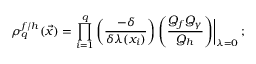
\rho _ { q } ^ { f { / } h } ( \vec { x } ) = \prod _ { i = 1 } ^ { q } \left( \frac { - \delta } { \delta \lambda ( x _ { i } ) } \right) \left( \frac { Q _ { f } Q _ { \gamma } } { Q _ { h } } \right) \biggr | _ { \lambda = 0 } \, ;